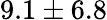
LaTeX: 9.1\pm 6.8